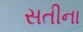
સતીના